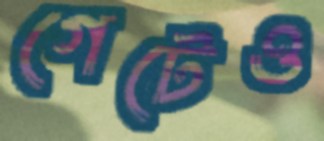
গেটেও